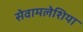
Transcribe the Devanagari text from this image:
सेवामलेशिया